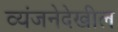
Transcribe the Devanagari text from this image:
व्यंजनेदेखील